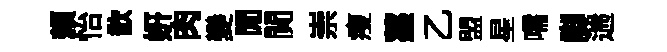
頼怡歆妍肉變閒閴崇瘦薹乙盟星嚅脚遄